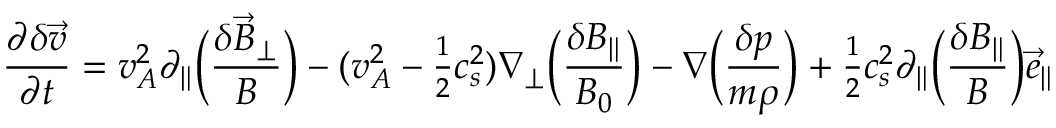
\frac { \partial \delta \vec { v } } { \partial t } = v _ { A } ^ { 2 } \partial _ { \| } \Big ( \frac { \delta \vec { B } _ { \perp } } { B } \Big ) - ( v _ { A } ^ { 2 } - { \textstyle \frac { 1 } { 2 } } c _ { s } ^ { 2 } ) \nabla _ { \perp } \Big ( \frac { \delta B _ { \| } } { B _ { 0 } } \Big ) - \nabla \Big ( \frac { \delta p } { m \rho } \Big ) + { \textstyle \frac { 1 } { 2 } } c _ { s } ^ { 2 } \partial _ { \| } \Big ( \frac { \delta B _ { \| } } { B } \Big ) \vec { e } _ { \| }